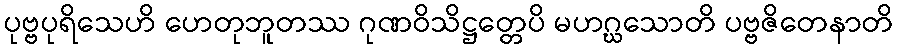
ပုဗ္ဗပုရိသေဟိ ဟေတုဘူတဿ ဂုဏဝိသိဋ္ဌတ္တေပိ မဟဂ္ဃသောတိ ပဗ္ဗဇိတေနာတိ